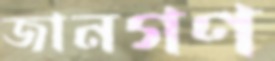
জানগণ